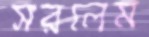
সরলেম